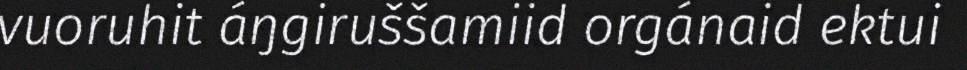
vuoruhit áŋgiruššamiid orgánaid ektui